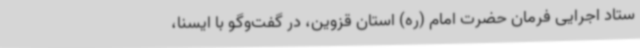
ستاد اجرایی فرمان حضرت امام (ره) استان قزوین، در گفت‌وگو با ایسنا،